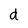
Character: d